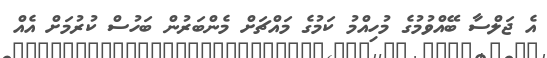
އެ ޖަލްސާ ބޭއްވުމުގެ މުހިއްމު ކަމުގެ މައްޗަށް މެންބަރުން ބަހުސް ކުރުމަށް އެއް